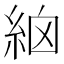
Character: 𥿳